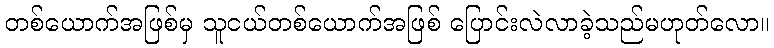
တစ်ယောက်အဖြစ်မှ သူငယ်တစ်ယောက်အဖြစ် ပြောင်းလဲလာခဲ့သည်မဟုတ်လော။